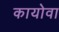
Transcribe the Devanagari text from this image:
कायोवा